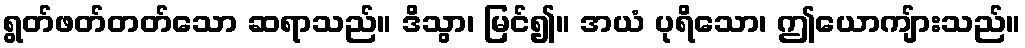
ရွတ်ဖတ်တတ်သော ဆရာသည်။ ဒိသွာ၊ မြင်၍။ အယံ ပုရိသော၊ ဤယောကျ်ားသည်။